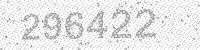
Solution: 296422